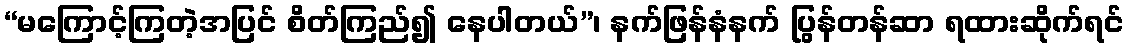
“မကြောင့်ကြတဲ့အပြင် စိတ်ကြည်၍ နေပါတယ်”၊ နက်ဖြန်နံနက် ပြွန်တန်ဆာ ရထားဆိုက်ရင်